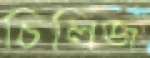
চিলিজ